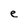
Character: e